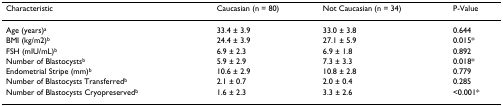
| Characteristic | Caucasian (n = 80) | Not Caucasian (n = 34) | P-Value |
 | --- | --- | --- | --- |
 | Age (years)a | 33.4 ± 3.9 | 33.0 ± 3.8 | 0.644 |
 | BMI (kg/m2)b | 24.4 ± 3.9 | 27.1 ± 5.9 | 0.015* |
 | FSH (mIU/mL)b | 6.9 ± 2.3 | 6.9 ± 1.8 | 0.892 |
 | Number of Blastocystsb | 5.9 ± 2.9 | 7.3 ± 3.3 | 0.018* |
 | Endometrial Stripe (mm)b | 10.6 ± 2.9 | 10.8 ± 2.8 | 0.779 |
 | Number of Blastocysts Transferredb | 2.1 ± 0.7 | 2.0 ± 0.4 | 0.285 |
 | Number of Blastocysts Cryopreservedb | 1.6 ± 2.3 | 3.3 ± 2.6 | <0.001* |